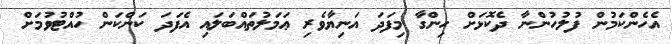
އެހެންކަމުން ފުލުހުންނާ ދެކޮޅަށް ހިންގާ މިފަދަ އަނިޔާވެރި ޢަމަލުތައްބަލައި އެފަދަ ކަންކަން ހުއްޓުވުމަށް